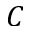
C